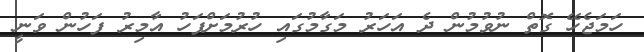
ހަމަޖެހޭ ގޮތް ނުވުމުން ދެ އަހަރު މަގާމުގައި ހުރުމަށްފަހު އާމިރު ފަހުން ވަނީ